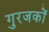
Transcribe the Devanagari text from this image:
गुरजकों